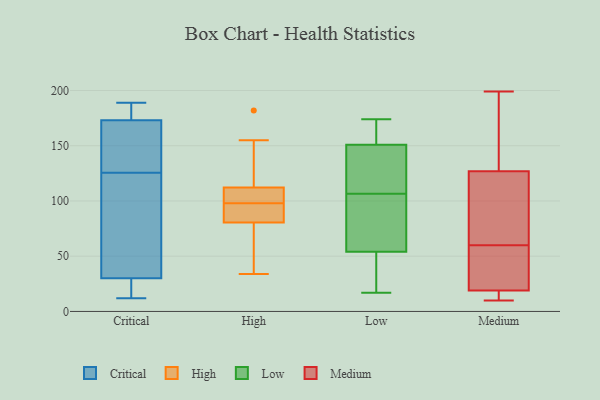
{"axis": {"x": "Headcount", "y": "Value"}, "legend": ["Critical", "High", "Low", "Medium"], "data": [{"x": "", "y": 117, "type": "Critical"}, {"x": "", "y": 29, "type": "Critical"}, {"x": "", "y": 171, "type": "Critical"}, {"x": "", "y": 175, "type": "Critical"}, {"x": "", "y": 171, "type": "Critical"}, {"x": "", "y": 16, "type": "Critical"}, {"x": "", "y": 27, "type": "Critical"}, {"x": "", "y": 184, "type": "Critical"}, {"x": "", "y": 68, "type": "Critical"}, {"x": "", "y": 43, "type": "Critical"}, {"x": "", "y": 186, "type": "Critical"}, {"x": "", "y": 189, "type": "Critical"}, {"x": "", "y": 173, "type": "Critical"}, {"x": "", "y": 30, "type": "Critical"}, {"x": "", "y": 162, "type": "Critical"}, {"x": "", "y": 113, "type": "Critical"}, {"x": "", "y": 12, "type": "Critical"}, {"x": "", "y": 134, "type": "Critical"}, {"x": "", "y": 96, "type": "High"}, {"x": "", "y": 89, "type": "High"}, {"x": "", "y": 66, "type": "High"}, {"x": "", "y": 182, "type": "High"}, {"x": "", "y": 34, "type": "High"}, {"x": "", "y": 112, "type": "High"}, {"x": "", "y": 76, "type": "High"}, {"x": "", "y": 120, "type": "High"}, {"x": "", "y": 104, "type": "High"}, {"x": "", "y": 105, "type": "High"}, {"x": "", "y": 43, "type": "High"}, {"x": "", "y": 112, "type": "High"}, {"x": "", "y": 155, "type": "High"}, {"x": "", "y": 97, "type": "High"}, {"x": "", "y": 82, "type": "High"}, {"x": "", "y": 113, "type": "High"}, {"x": "", "y": 98, "type": "High"}, {"x": "", "y": 32, "type": "Low"}, {"x": "", "y": 103, "type": "Low"}, {"x": "", "y": 156, "type": "Low"}, {"x": "", "y": 140, "type": "Low"}, {"x": "", "y": 80, "type": "Low"}, {"x": "", "y": 17, "type": "Low"}, {"x": "", "y": 39, "type": "Low"}, {"x": "", "y": 70, "type": "Low"}, {"x": "", "y": 151, "type": "Low"}, {"x": "", "y": 167, "type": "Low"}, {"x": "", "y": 54, "type": "Low"}, {"x": "", "y": 136, "type": "Low"}, {"x": "", "y": 110, "type": "Low"}, {"x": "", "y": 174, "type": "Low"}, {"x": "", "y": 16, "type": "Medium"}, {"x": "", "y": 70, "type": "Medium"}, {"x": "", "y": 17, "type": "Medium"}, {"x": "", "y": 145, "type": "Medium"}, {"x": "", "y": 34, "type": "Medium"}, {"x": "", "y": 13, "type": "Medium"}, {"x": "", "y": 110, "type": "Medium"}, {"x": "", "y": 10, "type": "Medium"}, {"x": "", "y": 25, "type": "Medium"}, {"x": "", "y": 127, "type": "Medium"}, {"x": "", "y": 27, "type": "Medium"}, {"x": "", "y": 192, "type": "Medium"}, {"x": "", "y": 199, "type": "Medium"}, {"x": "", "y": 50, "type": "Medium"}, {"x": "", "y": 19, "type": "Medium"}, {"x": "", "y": 77, "type": "Medium"}, {"x": "", "y": 95, "type": "Medium"}, {"x": "", "y": 199, "type": "Medium"}]}